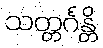
သတ္တင်္ဂန္တိ